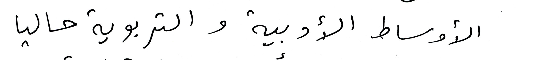
الأوساط الأدبية والتربوية حاليا